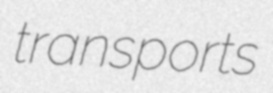
transports